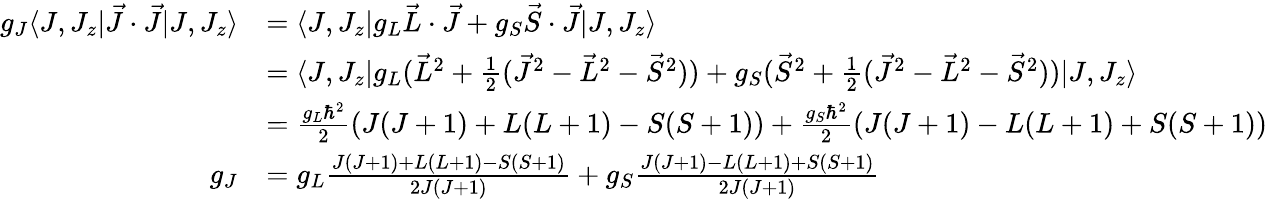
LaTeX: {\begin{array}{rl}{g_{J}\langle J,J_{z}|{\vec{J}}\cdot{\vec{J}}|J,J_{z}\rangle}&{=\langle J,J_{z}|g_{L}{{\vec{L}}\cdot{\vec{J}}}+g_{S}{{\vec{S}}\cdot{\vec{J}}}|J,J_{z}\rangle}\\ &{=\langle J,J_{z}|g_{L}{({\vec{L}}^{2}+{\frac{1}{2}}({\vec{J}}^{2}-{\vec{L}}^{2}-{\vec{S}}^{2}))}+g_{S}{({\vec{S}}^{2}+{\frac{1}{2}}({\vec{J}}^{2}-{\vec{L}}^{2}-{\vec{S}}^{2}))}|J,J_{z}\rangle}\\ &{={\frac{g_{L}\hbar^{2}}{2}}(J(J+1)+L(L+1)-S(S+1))+{\frac{g_{S}\hbar^{2}}{2}}(J(J+1)-L(L+1)+S(S+1))}\\ {g_{J}}&{=g_{L}{\frac{J(J+1)+L(L+1)-S(S+1)}{2J(J+1)}}+g_{S}{\frac{J(J+1)-L(L+1)+S(S+1)}{2J(J+1)}}}\end{array}}